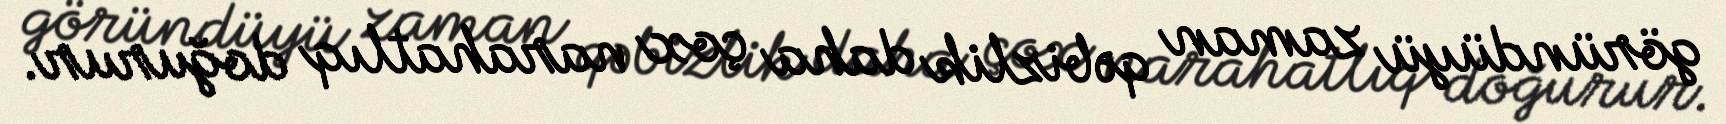
göründüyü zaman qəbizlik daha çox narahatlıq doğurur.